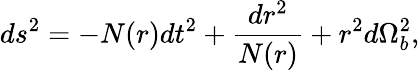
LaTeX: ds^{2}=-N(r)dt^{2}+\frac{dr^{2}}{N(r)}+r^{2}d\Omega_{b}^{2},